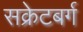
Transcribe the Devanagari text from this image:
सक्रेटबर्ग